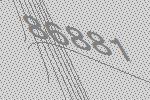
86881